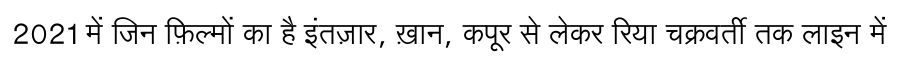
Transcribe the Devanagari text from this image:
2021 में जिन फ़िल्मों का है इंतज़ार, ख़ान, कपूर से लेकर रिया चक्रवर्ती तक लाइन में